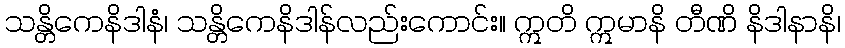
သန္တိကေနိဒါနံ၊ သန္တိကေနိဒါန်လည်းကောင်း။ ဣတိ ဣမာနိ တီဏိ နိဒါနာနိ၊